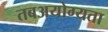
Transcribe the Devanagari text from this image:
तबअयोग्यता